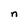
Character: n